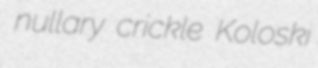
nullary crickle Koloski